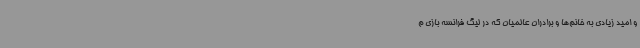
و امید زیادی به خانم‌ها و برادران عالمیان که در لیگ فرانسه بازی م